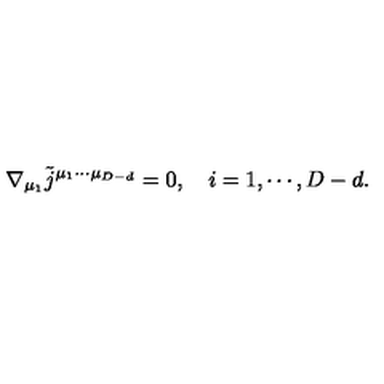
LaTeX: \nabla _ { \mu _ { 1 } } \tilde { j } ^ { \mu _ { 1 } \cdots \mu _ { D - d } } = 0 , \quad i = 1 , \cdots , D - d .